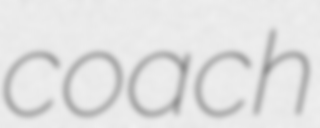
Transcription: coach